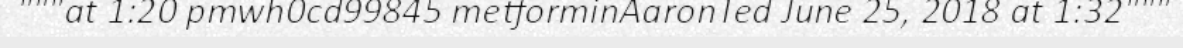
"""at 1:20 pmwh0cd99845 metforminAaronTed June 25, 2018 at 1:32"""